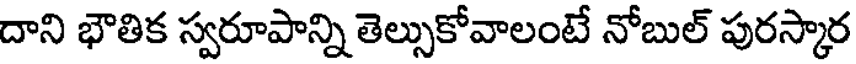
దాని భౌతిక స్వరూపాన్ని తెల్సుకోవాలంటే నోబుల్ పురస్కార